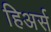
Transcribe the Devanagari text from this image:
हिअर्स